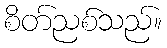
စိတ်ညစ်သည်။